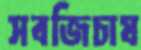
সবজিচাষ